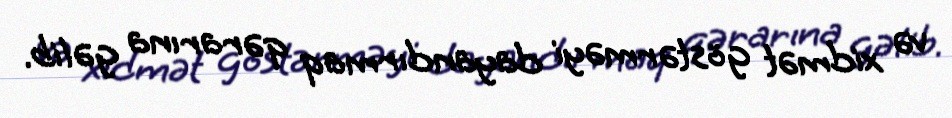
və xidmət göstərməyi dayandırmaq qərarına gəlib.